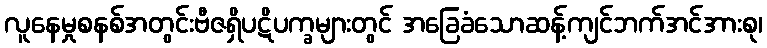
လူနေမှုစနစ်အတွင်းဗီဇရှိပဋိပက္ခများတွင် အခြေခံသောဆန့်ကျင်ဘက်အင်အားစု၊